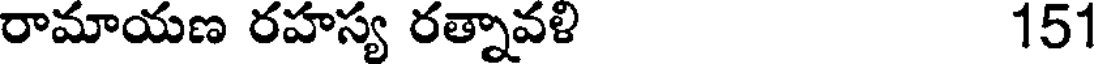
రామాయణ రహస్య రత్నావళి 151